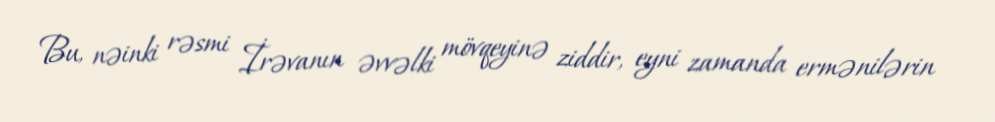
Bu, nəinki rəsmi İrəvanın əvvəlki mövqeyinə ziddir, eyni zamanda ermənilərin